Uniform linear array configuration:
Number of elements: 32
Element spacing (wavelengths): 0.25
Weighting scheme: kaiser
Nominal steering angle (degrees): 30
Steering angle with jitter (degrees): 28.51
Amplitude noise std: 0.05
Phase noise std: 0.05

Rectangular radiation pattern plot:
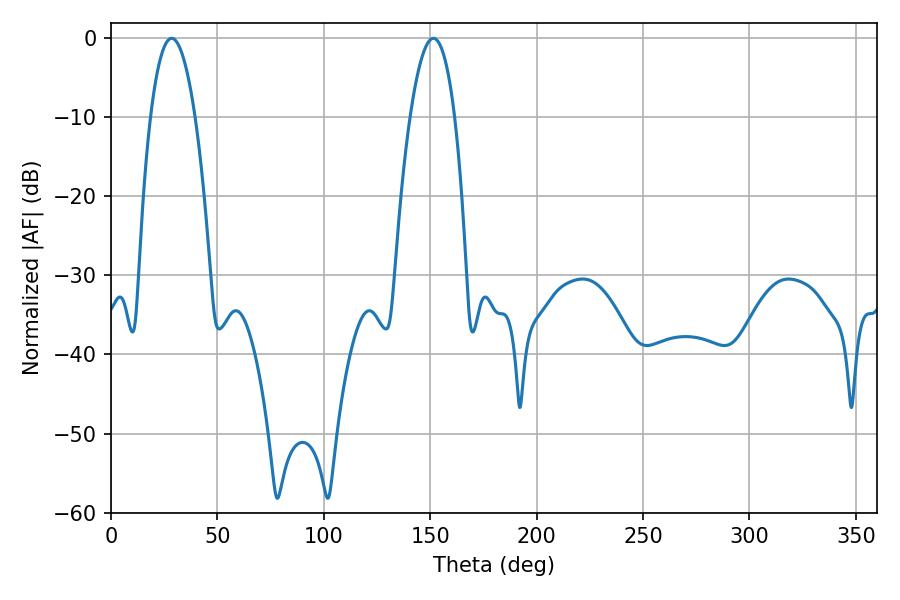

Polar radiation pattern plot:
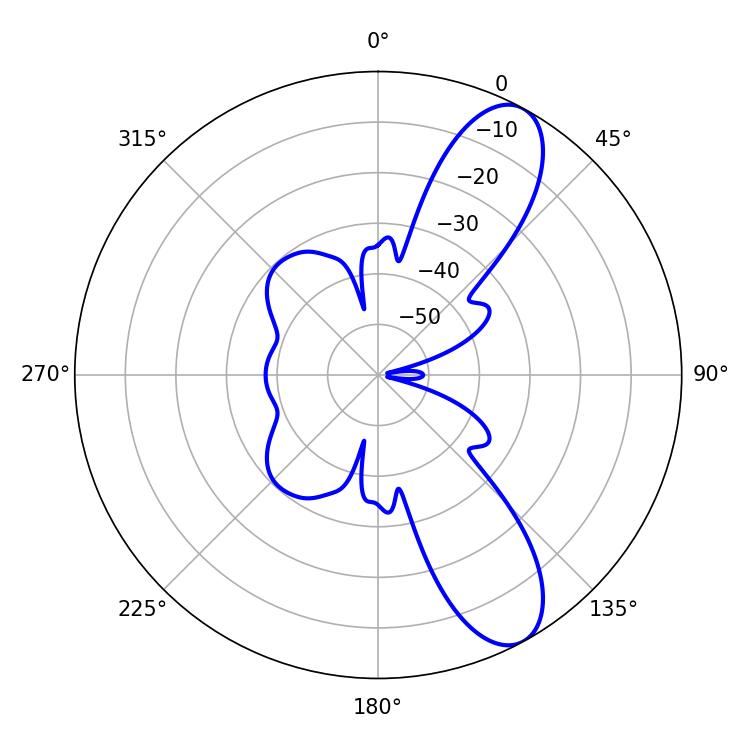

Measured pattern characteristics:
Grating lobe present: FALSE
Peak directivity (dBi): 9.845
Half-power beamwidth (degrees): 11.52
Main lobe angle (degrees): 28.44